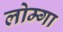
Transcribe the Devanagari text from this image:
लोम्गा